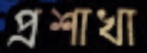
প্রশাখা